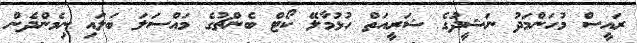
ރައީސް މުހަންމަދު ނަޝީދުގެ ޝަރީއަތް ހުޅުމާލޭ ކޯޓް ބެންޗުގެ މައްސަލަ ބަލައި ނިމެންދެން